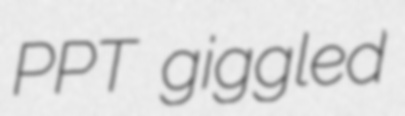
PPT giggled